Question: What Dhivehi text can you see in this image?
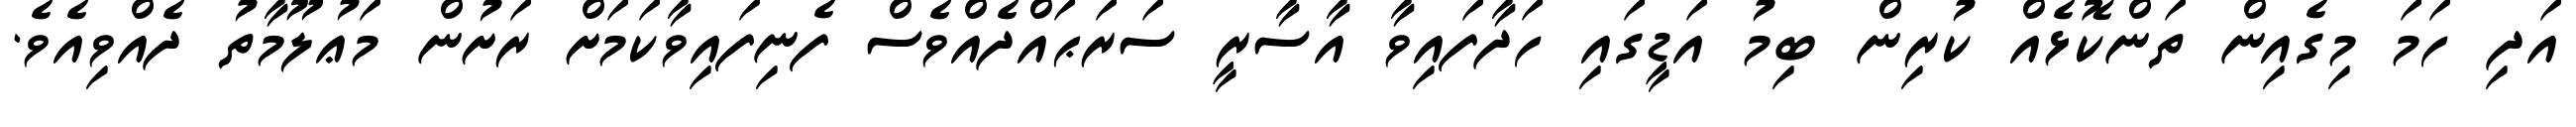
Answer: އަދި ހަމަ މިގެއިން ތަންކޮޅެއް ކުރިން ބިމު އަޑީގައި ހަދާފައިވާ އާސާރީ ސަރަޙައްދެއްވެސް ފެނިފައިވާކަމަށް ރަށުން މަޢުލޫމާތު ދެއްވިއެވެ.